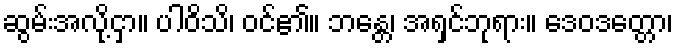
ဆွမ်းအလို့ငှာ။ ပါဝိသိ၊ ဝင်၏။ ဘန္တေ၊ အရှင်ဘုရား။ ဒေဝဒတ္တော၊